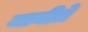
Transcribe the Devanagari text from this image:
जानीते